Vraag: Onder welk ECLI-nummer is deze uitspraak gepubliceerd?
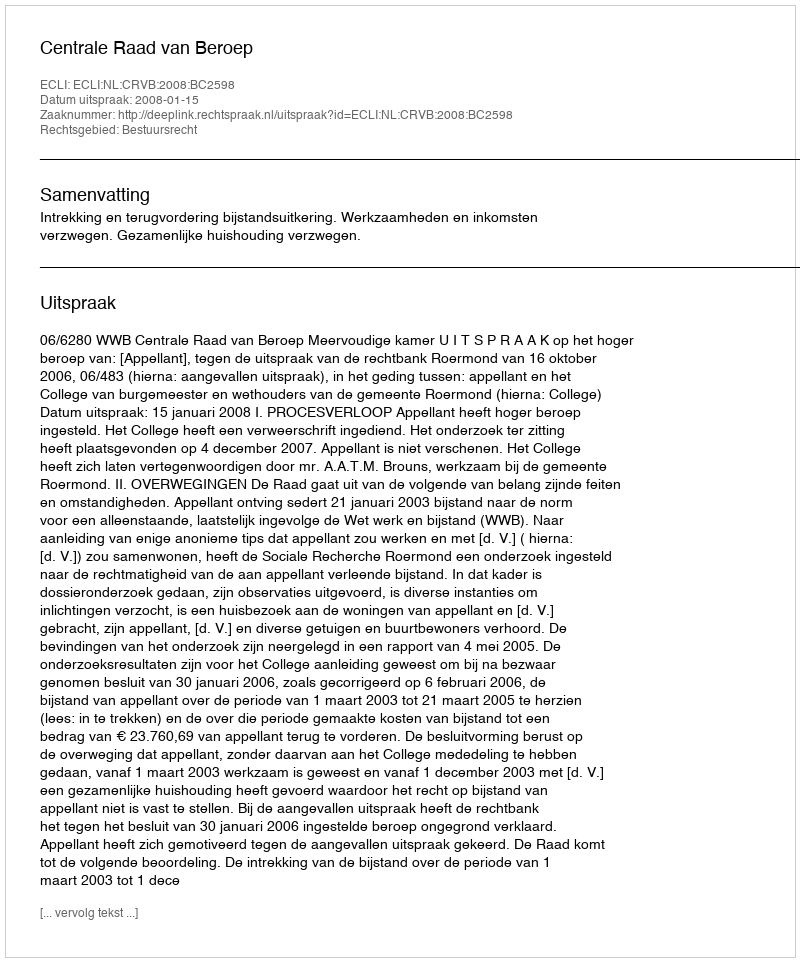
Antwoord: ECLI:NL:CRVB:2008:BC2598